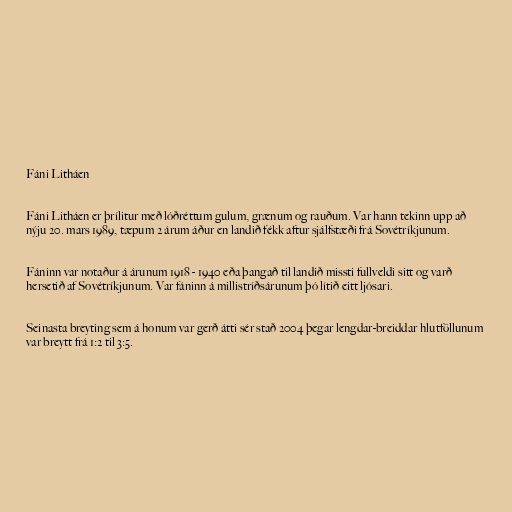
Fáni Litháen

Fáni Litháen er þrílitur með lóðréttum gulum, grænum og rauðum. Var hann tekinn upp að
nýju 20. mars 1989, tæpum 2 árum áður en landið fékk aftur sjálfstæði frá Sovétríkjunum.

Fáninn var notaður á árunum 1918 - 1940 eða þangað til landið missti fullveldi sitt og varð
hersetið af Sovétríkjunum. Var fáninn á millistríðsárunum þó lítið eitt ljósari.

Seinasta breyting sem á honum var gerð átti sér stað 2004 þegar lengdar-breiddar hlutföllunum
var breytt frá 1:2 til 3:5.